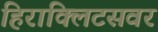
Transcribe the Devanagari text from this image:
हिराक्लिटसवर